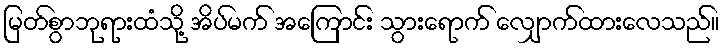
မြတ်စွာဘုရားထံသို့ အိပ်မက် အကြောင်း သွားရောက် လျှောက်ထားလေသည်။